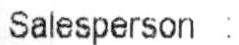
SALESPERSON :